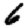
Digit: 6